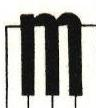
M